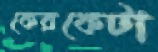
কেরকেটা